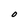
Character: O